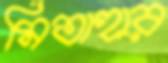
মিতাহার